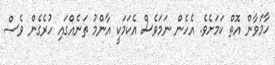
ހާމަވާން އޮތް ކަމަށެވެ. އެހެން ނަމަވެސް އެކަމަކީ އާންމު ތަނެއްގައި ހުރެގެން ވެސް